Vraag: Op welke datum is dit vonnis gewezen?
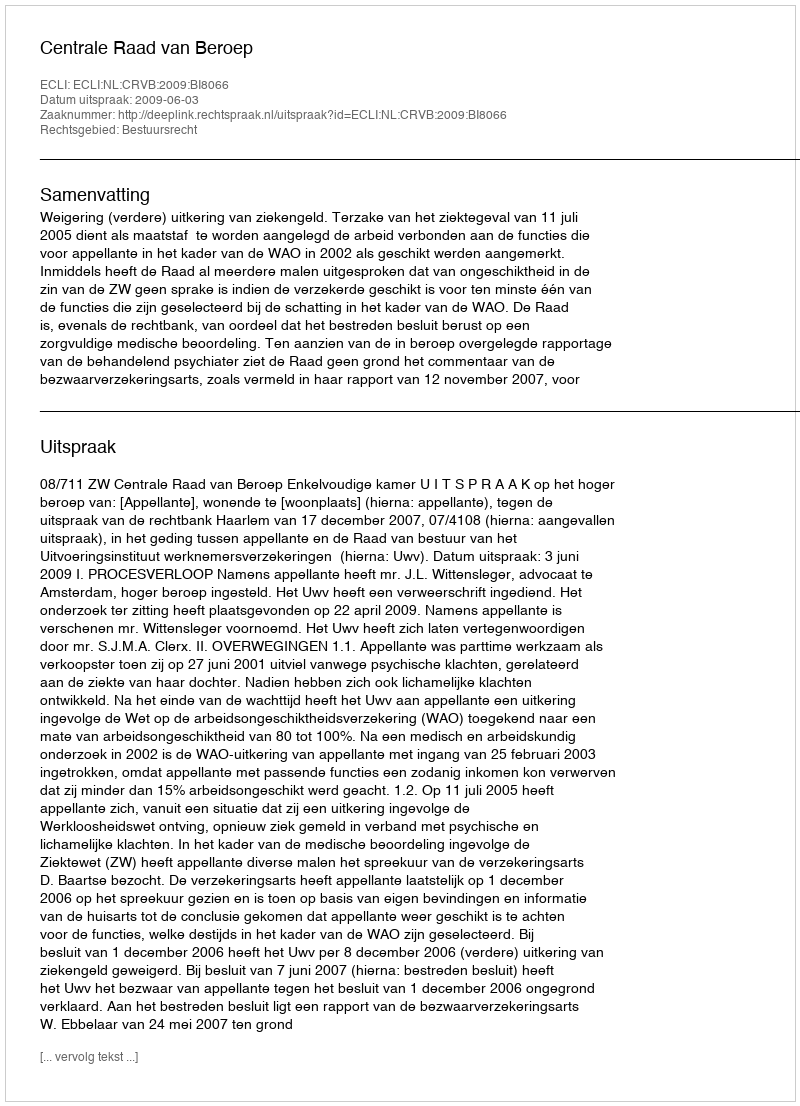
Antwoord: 2009-06-03